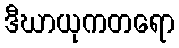
ဒီဃာယုကတရော